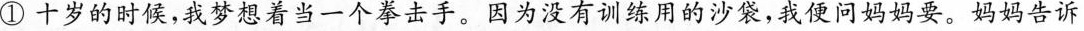
①十岁的时候，我梦想着当一个拳击手。因为没有训练用的沙袋，我便问妈妈要。妈妈